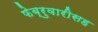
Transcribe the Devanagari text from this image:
फेब्रुवारीसह